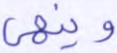
وينهى